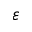
{ \varepsilon }